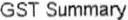
GST SUMMARY